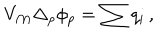
LaTeX: V _ { \cal M } \Delta _ { p } \phi _ { p } = \sum q _ { i } \, ,